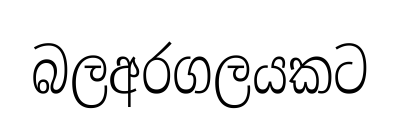
බලඅරගලයකට